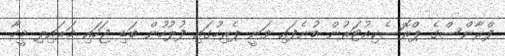
ފްރާންސްގެ ޕްރޮސެކިއުޓަރުން ބުނެފައި ވަނީ ޕެރިހުގައި ފުލުހުން ބަޑި ޖަހައި މަރައިލި މީހާ